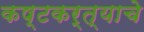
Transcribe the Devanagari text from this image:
कष्टकर्त्याचे